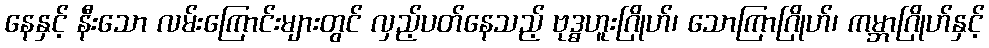
နေနှင့် နီးသော လမ်းကြောင်းများတွင် လှည့်ပတ်နေသည့် ဗုဒ္ဓဟူးဂြိုဟ်၊ သောကြာဂြိုဟ်၊ ကမ္ဘာဂြိုဟ်နှင့်